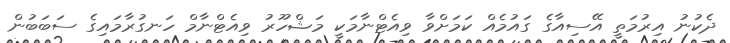
ދެކުނު އިރުމަތީ އޭސިއާގެ ގައުމެއް ކަމަށްވާ ވިއެޓްނާމަކީ މަޝްހޫރު ވިއެޓްނާމް ހަނގުރާމައިގެ ސަބަބުން